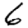
Digit: 6